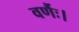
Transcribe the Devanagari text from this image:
वर्णैः।